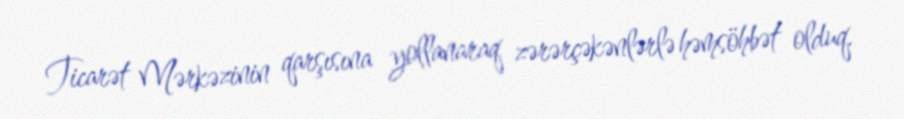
Ticarət Mərkəzinin qarşısına yollanaraq zərərçəkənlərlə həmsöhbət olduq.